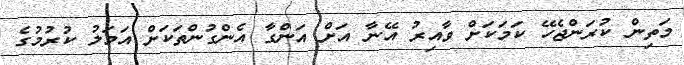
މަތިން ކުރަންޖެހޭ ކަމަކަށް ވާއިރު އޭނާ އަށް އަންގާ އެންގުންތަކަށް އަމަލު ކުރުމުގެ